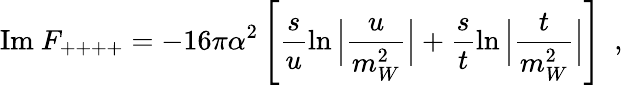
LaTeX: \mathrm{Im~}F_{++++}=-16\pi\alpha^{2}\left[\frac{s}{u}\ln\Big|\frac{u}{m_{W}^{2}}\Big|+\frac{s}{t}\ln\Big|\frac{t}{m_{W}^{2}}\Big|\right]\, \, \, ,